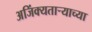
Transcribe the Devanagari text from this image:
अजिंक्यतार्‍याच्या